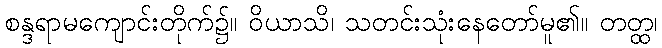
စန္ဒရာမကျောင်းတိုက်၌။ ဝိယာသိ၊ သတင်းသုံးနေတော်မူ၏။ တတ္ထ၊